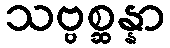
သဗ္ဗစ္ဆန္နာ